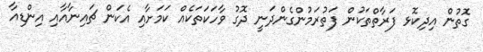
ގޮތުން އިދިކޮޅ ފަރާތްތަކުން ފަތުރަމުންގެންދަނީ ދޮގު ވާހަކަތަކެއް ކަމަށާއި އެކަން ޗައިނާއާއި އިންޑިއާ